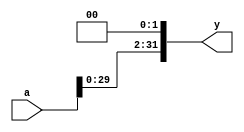
`timescale 1ns / 1ps
//////////////////////////////////////////////////////////////////////////////////
// Company: 
// Engineer: 
// 
// Design Name: 
// Module Name: sl2
// Project Name: 
// Target Devices: 
// Tool Versions: 
// Description: 
// 
// Dependencies: 
// 
// Revision:
// Revision 0.01 - File Created
// Additional Comments:
// 
//////////////////////////////////////////////////////////////////////////////////


// module sl2(

//     );
// endmodule

module sl2(
    input  [31:0] a, output [31:0] y
    );
// shift left by 2 
    assign y = {a[29:0], 2'b00}; 
endmodule